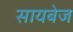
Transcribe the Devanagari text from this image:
सायबेज